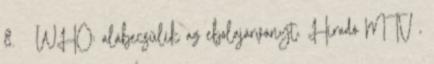
8. ↑ WHO: alábecsülik az ebolajárványt. Híradó MTV ,